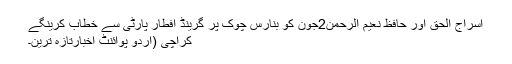
اسراج الحق اور حافظ نعیم الرحمٰن2جون کو بنارس چوک پر گرینڈ افطار پارٹی سے خطاب کرینگے
کراچی (اُردو پوائنٹ اخبارتازہ ترین۔